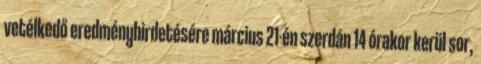
vetélkedő eredményhirdetésére március 21-én szerdán 14 órakor kerül sor,